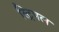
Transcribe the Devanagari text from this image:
स्ट्रिपल